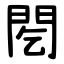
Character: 䦍